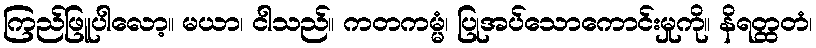
ကြည်ဖြူပါလော့။ မယာ၊ ငါသည်။ ကတကမ္မံ၊ ပြုအပ်သောကောင်းမှုကို။ နိရတ္ထတံ၊